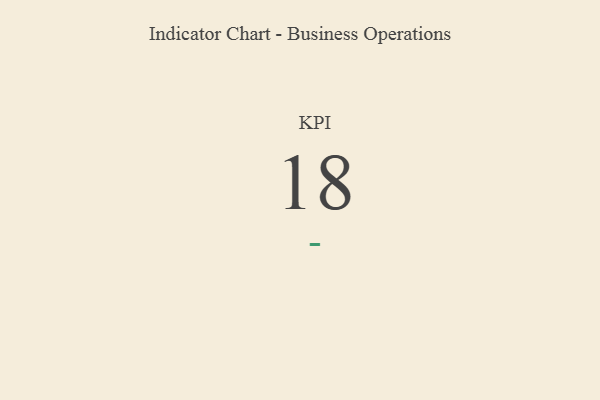
{"axis": {"x": "KPI", "y": "Value"}, "legend": [""], "data": [{"x": "KPI", "y": 18, "type": ""}]}